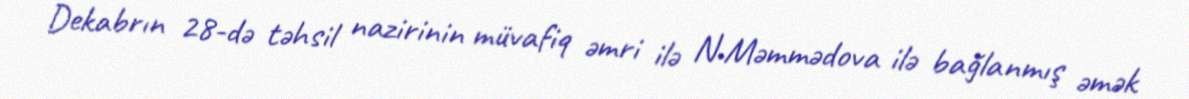
Dekabrın 28-də təhsil nazirinin müvafiq əmri ilə N.Məmmədova ilə bağlanmış əmək